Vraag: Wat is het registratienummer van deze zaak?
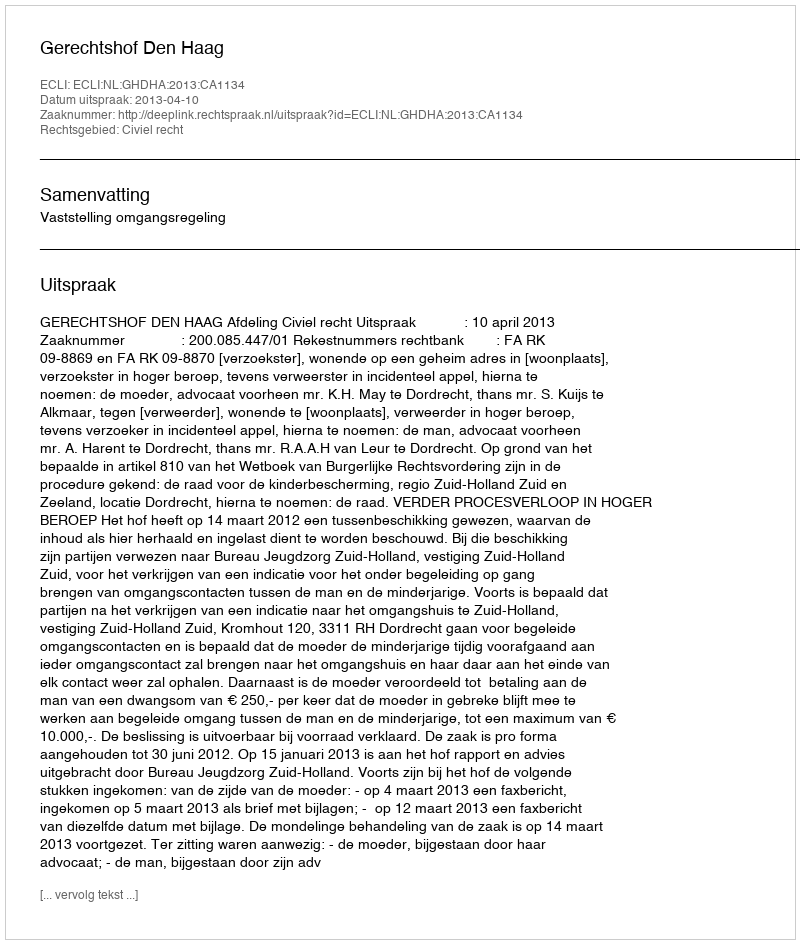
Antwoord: http://deeplink.rechtspraak.nl/uitspraak?id=ECLI:NL:GHDHA:2013:CA1134